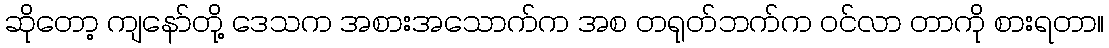
ဆိုတော့ ကျနော်တို့ ဒေသက အစားအသောက်က အစ တရုတ်ဘက်က ဝင်လာ တာကို စားရတာ။